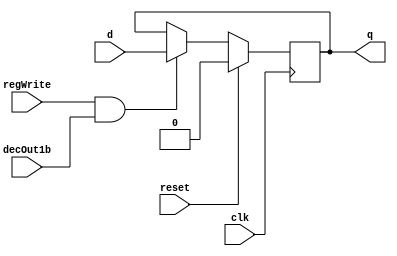
module D_ff( input clk, input reset, input regWrite, input decOut1b , input d, output reg q);
    always @ (negedge clk)
    begin
    if(reset==1)
        q=0;
    else
        if(regWrite == 1 && decOut1b==1)
        begin
            q=d;
        end
    end
endmodule

//D flip flip for Instruction Memory
module D_ff_IM(input clk, input reset, input d, output reg q);
	always@(reset or posedge clk)
	if(reset)
		q=d;
endmodule


// select 0 = in0 1 = in1
module mux2to1_5bit(input [4:0] in0, input [4:0] in1, input select, output reg [4:0] muxOut);
  always@(in0 or in1 or select)
  begin
    if(select == 1'b0)
      muxOut = in0;
	  else if(select == 1'b1)
      muxOut = in1;
  end
endmodule

// select 0 = in0 1 = in1
module mux2to1_32bit(input [31:0] in0, input [31:0] in1, input select, output reg [31:0] muxOut);
  always@(in0 or in1 or select)
  begin
    if(select == 1'b0)
      muxOut = in0;
	  else if(select == 1'b1)
      muxOut = in1;
  end
endmodule

module mux32to1_32bit(input[31:0] in0, input[31:0] in1, input[31:0] in2, input[31:0] in3, input[31:0] in4, input[31:0] in5, input[31:0] in6, input[31:0] in7,
    input[31:0] in8, input[31:0] in9, input[31:0] in10, input[31:0] in11, input[31:0] in12, input[31:0] in13, input[31:0] in14, input[31:0] in15,
    input[31:0] in16, input[31:0] in17, input[31:0] in18, input[31:0] in19, input[31:0] in20, input[31:0] in21, input[31:0] in22, input[31:0] in23,
    input[31:0] in24, input[31:0] in25, input[31:0] in26, input[31:0] in27, input[31:0] in28, input[31:0] in29, input[31:0] in30, input[31:0] in31,input[4:0] select,output reg[31:0] muxOut);
  
   always@(in0 or in1 or in2 or in3 or in4 or in5 or in6 or in7 or in8 or in9 or in10 or in11 or in12
      or in13 or in14 or in15 or in16 or in17 or in18 or in19 or in20 or in21 or in22 or in23 or in24
       or in25 or in26 or in27 or in28 or in29 or in30 or in31 or select)
   begin
      case(select)
        5'b00000: begin muxOut = in0; end
        5'b00001: begin muxOut = in1; end
        5'b00010: begin muxOut = in2; end
        5'b00011: begin muxOut = in3; end
        5'b00100: begin muxOut = in4; end
        5'b00101: begin muxOut = in5; end
        5'b00110: begin muxOut = in6; end
        5'b00111: begin muxOut = in7; end
        5'b01000: begin muxOut = in8; end
        5'b01001: begin muxOut = in9; end
        5'b01010: begin muxOut = in10; end
        5'b01011: begin muxOut = in11; end
        5'b01100: begin muxOut = in12; end
        5'b01101: begin muxOut = in13; end
        5'b01110: begin muxOut = in14; end
        5'b01111: begin muxOut = in15; end
        5'b10000: begin muxOut = in16; end
        5'b10001: begin muxOut = in17; end
        5'b10010: begin muxOut = in18; end
        5'b10011: begin muxOut = in19; end
        5'b10100: begin muxOut = in20; end
        5'b10101: begin muxOut = in21; end
        5'b10110: begin muxOut = in22; end
        5'b10111: begin muxOut = in23; end
        5'b11000: begin muxOut = in24; end
        5'b11001: begin muxOut = in25; end
        5'b11010: begin muxOut = in26; end
        5'b11011: begin muxOut = in27; end
        5'b11100: begin muxOut = in28; end
        5'b11101: begin muxOut = in29; end
        5'b11110: begin muxOut = in30; end
        5'b11111: begin muxOut = in31; end
      endcase
    end
endmodule

// mux to be used in Instruction Memory and Data Memory
module mux128to1_IM_DM(input [7:0] in0,   input [7:0] in1,   input [7:0] in2,   input [7:0] in3,
                    input [7:0] in4,   input [7:0] in5,   input [7:0] in6,   input [7:0] in7,
                    input [7:0] in8,   input [7:0] in9,   input [7:0] in10,  input [7:0] in11,
                    input [7:0] in12,  input [7:0] in13,  input [7:0] in14,  input [7:0] in15,
                    input [7:0] in16,  input [7:0] in17,  input [7:0] in18,  input [7:0] in19,
                    input [7:0] in20,  input [7:0] in21,  input [7:0] in22,  input [7:0] in23,
                    input [7:0] in24,  input [7:0] in25,  input [7:0] in26,  input [7:0] in27,
                    input [7:0] in28,  input [7:0] in29,  input [7:0] in30,  input [7:0] in31,
                    input [7:0] in32,  input [7:0] in33,  input [7:0] in34,  input [7:0] in35,
                    input [7:0] in36,  input [7:0] in37,  input [7:0] in38,  input [7:0] in39,
                    input [7:0] in40,  input [7:0] in41,  input [7:0] in42,  input [7:0] in43,
                    input [7:0] in44,  input [7:0] in45,  input [7:0] in46,  input [7:0] in47,
                    input [7:0] in48,  input [7:0] in49,  input [7:0] in50,  input [7:0] in51,
                    input [7:0] in52,  input [7:0] in53,  input [7:0] in54,  input [7:0] in55,
                    input [7:0] in56,  input [7:0] in57,  input [7:0] in58,  input [7:0] in59,
                    input [7:0] in60,  input [7:0] in61,  input [7:0] in62,  input [7:0] in63,
                    input [7:0] in64,  input [7:0] in65,  input [7:0] in66,  input [7:0] in67,
                    input [7:0] in68,  input [7:0] in69,  input [7:0] in70,  input [7:0] in71,
                    input [7:0] in72,  input [7:0] in73,  input [7:0] in74,  input [7:0] in75,
                    input [7:0] in76,  input [7:0] in77,  input [7:0] in78,  input [7:0] in79,
                    input [7:0] in80,  input [7:0] in81,  input [7:0] in82,  input [7:0] in83,
                    input [7:0] in84,  input [7:0] in85,  input [7:0] in86,  input [7:0] in87,
                    input [7:0] in88,  input [7:0] in89,  input [7:0] in90,  input [7:0] in91,
                    input [7:0] in92,  input [7:0] in93,  input [7:0] in94,  input [7:0] in95,
                    input [7:0] in96,  input [7:0] in97,  input [7:0] in98,  input [7:0] in99,
                    input [7:0] in100, input [7:0] in101, input [7:0] in102, input [7:0] in103,
                    input [7:0] in104, input [7:0] in105, input [7:0] in106, input [7:0] in107,
                    input [7:0] in108, input [7:0] in109, input [7:0] in110, input [7:0] in111,
                    input [7:0] in112, input [7:0] in113, input [7:0] in114, input [7:0] in115,
                    input [7:0] in116, input [7:0] in117, input [7:0] in118, input [7:0] in119,
                    input [7:0] in120, input [7:0] in121, input [7:0] in122, input [7:0] in123,
                    input [7:0] in124, input [7:0] in125, input [7:0] in126, input [7:0] in127,
                    input [4:0] select, output reg [31:0] muxOut);
    always@(in0,   in1,   in2,   in3,   in4,   in5,   in6,   in7,
            in8,   in9,   in10,  in11,  in12,  in13,  in14,  in15,
            in16,  in17,  in18,  in19,  in20,  in21,  in22,  in23,
            in24,  in25,  in26,  in27,  in28,  in29,  in30,  in31,
            in32,  in33,  in34,  in35,  in36,  in37,  in38,  in39,
            in40,  in41,  in42,  in43,  in44,  in45,  in46,  in47,
            in48,  in49,  in50,  in51,  in52,  in53,  in54,  in55,
            in56,  in57,  in58,  in59,  in60,  in61,  in62,  in63,
            in64,  in65,  in66,  in67,  in68,  in69,  in70,  in71,
            in72,  in73,  in74,  in75,  in76,  in77,  in78,  in79,
            in80,  in81,  in82,  in83,  in84,  in85,  in86,  in87,
            in88,  in89,  in90,  in91,  in92,  in93,  in94,  in95,
            in96,  in97,  in98,  in99,  in100, in101, in102, in103,
            in104, in105, in106, in107, in108, in109, in110, in111,
            in112, in113, in114, in115, in116, in117, in118, in119,
            in120, in121, in122, in123, in124, in125, in126, in127,
            select)
	begin
        case(select)
			5'd0: muxOut = {in0,in1,in2,in3};
			5'd1: muxOut = {in4,in5,in6,in7};
			5'd2: muxOut = {in8,in9,in10,in11};
			5'd3: muxOut = {in12,in13,in14,in15};
			5'd4: muxOut = {in16,in17,in18,in19};
			5'd5: muxOut = {in20,in21,in22,in23};
			5'd6: muxOut = {in24,in25,in26,in27};
			5'd7: muxOut = {in28,in29,in30,in31};
			5'd8: muxOut = {in32,in33,in34,in35};
			5'd9: muxOut = {in36,in37,in38,in39};
			5'd10: muxOut = {in40,in41,in42,in43};
			5'd11: muxOut = {in44,in45,in46,in47};
			5'd12: muxOut = {in48,in49,in50,in51};
			5'd13: muxOut = {in52,in53,in54,in55};
			5'd14: muxOut = {in56,in57,in58,in59};
			5'd15: muxOut = {in60,in61,in62,in63};
			5'd16: muxOut = {in64,in65,in66,in67};
			5'd17: muxOut = {in68,in69,in70,in71};
			5'd18: muxOut = {in72,in73,in74,in75};
			5'd19: muxOut = {in76,in77,in78,in79};
			5'd20: muxOut = {in80,in81,in82,in83};
			5'd21: muxOut = {in84,in85,in86,in87};
			5'd22: muxOut = {in88,in89,in90,in91};
			5'd23: muxOut = {in92,in93,in94,in95};
			5'd24: muxOut = {in96,in97,in98,in99};
			5'd25: muxOut = {in100,in101,in102,in103};
			5'd26: muxOut = {in104,in105,in106,in107};
			5'd27: muxOut = {in108,in109,in110,in111};
			5'd28: muxOut = {in112,in113,in114,in115};
			5'd29: muxOut = {in116,in117,in118,in119};
			5'd30: muxOut = {in120,in121,in122,in123};
			5'd31: muxOut = {in124,in125,in126,in127};
        endcase
    end
endmodule

//Active high decoder
module decoder_5to32(input[4:0] in, output reg[31:0] decOut);

    always@(in)
    begin
      case(in)
      5'b00000: begin decOut = 32'b00000000000000000000000000000001; end
      5'b00001: begin decOut = 32'b00000000000000000000000000000010; end
      5'b00010: begin decOut = 32'b00000000000000000000000000000100; end
      5'b00011: begin decOut = 32'b00000000000000000000000000001000; end
      5'b00100: begin decOut = 32'b00000000000000000000000000010000; end
      5'b00101: begin decOut = 32'b00000000000000000000000000100000; end
      5'b00110: begin decOut = 32'b00000000000000000000000001000000; end
      5'b00111: begin decOut = 32'b00000000000000000000000010000000; end
      5'b01000: begin decOut = 32'b00000000000000000000000100000000; end
      5'b01001: begin decOut = 32'b00000000000000000000001000000000; end
      5'b01010: begin decOut = 32'b00000000000000000000010000000000; end
      5'b01011: begin decOut = 32'b00000000000000000000100000000000; end
      5'b01100: begin decOut = 32'b00000000000000000001000000000000; end
      5'b01101: begin decOut = 32'b00000000000000000010000000000000; end
      5'b01110: begin decOut = 32'b00000000000000000100000000000000; end
      5'b01111: begin decOut = 32'b00000000000000001000000000000000; end
      5'b10000: begin decOut = 32'b00000000000000010000000000000000; end
      5'b10001: begin decOut = 32'b00000000000000100000000000000000; end
      5'b10010: begin decOut = 32'b00000000000001000000000000000000; end
      5'b10011: begin decOut = 32'b00000000000010000000000000000000; end
      5'b10100: begin decOut = 32'b00000000000100000000000000000000; end
      5'b10101: begin decOut = 32'b00000000001000000000000000000000; end
      5'b10110: begin decOut = 32'b00000000010000000000000000000000; end
      5'b10111: begin decOut = 32'b00000000100000000000000000000000; end
      5'b11000: begin decOut = 32'b00000001000000000000000000000000; end
      5'b11001: begin decOut = 32'b00000010000000000000000000000000; end
      5'b11010: begin decOut = 32'b00000100000000000000000000000000; end
      5'b11011: begin decOut = 32'b00001000000000000000000000000000; end
      5'b11100: begin decOut = 32'b00010000000000000000000000000000; end
      5'b11101: begin decOut = 32'b00100000000000000000000000000000; end
      5'b11110: begin decOut = 32'b01000000000000000000000000000000; end
      5'b11111: begin decOut = 32'b10000000000000000000000000000000; end
      endcase
    end
endmodule

//32 bit register
module register32bit(input clk, input reset, input regWrite, input decoderOut1bit, input[31:0] writeData, output[31:0] regOut);
//A N-bit register consists of N D flip-flops, each storing a bit of data.
//In this case, there will be 32 instances of D_ff, each taking writeData[0]...[31] as the d input and regOut[0]...[31] as the q output
D_ff G1(clk,reset,regWrite,decoderOut1bit,writeData[0] , regOut[0]);
D_ff G2(clk,reset,regWrite,decoderOut1bit,writeData[1] , regOut[1]);
D_ff G3(clk,reset,regWrite,decoderOut1bit,writeData[2] , regOut[2]);
D_ff G4(clk,reset,regWrite,decoderOut1bit,writeData[3] , regOut[3]);
D_ff G5(clk,reset,regWrite,decoderOut1bit,writeData[4] , regOut[4]);
D_ff G6(clk,reset,regWrite,decoderOut1bit,writeData[5] , regOut[5]);
D_ff G7(clk,reset,regWrite,decoderOut1bit,writeData[6] , regOut[6]);
D_ff G8(clk,reset,regWrite,decoderOut1bit,writeData[7] , regOut[7]);
D_ff G9(clk,reset,regWrite,decoderOut1bit,writeData[8] , regOut[8]);
D_ff G10(clk,reset,regWrite,decoderOut1bit,writeData[9] , regOut[9]);
D_ff G11(clk,reset,regWrite,decoderOut1bit,writeData[10] , regOut[10]);
D_ff G12(clk,reset,regWrite,decoderOut1bit,writeData[11] , regOut[11]);
D_ff G13(clk,reset,regWrite,decoderOut1bit,writeData[12] , regOut[12]);
D_ff G14(clk,reset,regWrite,decoderOut1bit,writeData[13] , regOut[13]);
D_ff G15(clk,reset,regWrite,decoderOut1bit,writeData[14] , regOut[14]);
D_ff G16(clk,reset,regWrite,decoderOut1bit,writeData[15] , regOut[15]);
D_ff G17(clk,reset,regWrite,decoderOut1bit,writeData[16] , regOut[16]);
D_ff G18(clk,reset,regWrite,decoderOut1bit,writeData[17] , regOut[17]);
D_ff G19(clk,reset,regWrite,decoderOut1bit,writeData[18] , regOut[18]);
D_ff G20(clk,reset,regWrite,decoderOut1bit,writeData[19] , regOut[19]);
D_ff G21(clk,reset,regWrite,decoderOut1bit,writeData[20] , regOut[20]);
D_ff G22(clk,reset,regWrite,decoderOut1bit,writeData[21] , regOut[21]);
D_ff G23(clk,reset,regWrite,decoderOut1bit,writeData[22] , regOut[22]);
D_ff G24(clk,reset,regWrite,decoderOut1bit,writeData[23] , regOut[23]);
D_ff G25(clk,reset,regWrite,decoderOut1bit,writeData[24] , regOut[24]);
D_ff G26(clk,reset,regWrite,decoderOut1bit,writeData[25] , regOut[25]);
D_ff G27(clk,reset,regWrite,decoderOut1bit,writeData[26] , regOut[26]);
D_ff G28(clk,reset,regWrite,decoderOut1bit,writeData[27] , regOut[27]);
D_ff G29(clk,reset,regWrite,decoderOut1bit,writeData[28] , regOut[28]);
D_ff G30(clk,reset,regWrite,decoderOut1bit,writeData[29] , regOut[29]);
D_ff G31(clk,reset,regWrite,decoderOut1bit,writeData[30] , regOut[30]);
D_ff G32(clk,reset,regWrite,decoderOut1bit,writeData[31] , regOut[31]);

endmodule

//register for Instruction Memory
module register_IM(input clk, input reset, input [7:0] d_in, output [7:0] q_out);
  // register_IM is an 8-bit register
	D_ff_IM dIM0 (clk, reset, d_in[0], q_out[0]);
	D_ff_IM dIM1 (clk, reset, d_in[1], q_out[1]);
	D_ff_IM dIM2 (clk, reset, d_in[2], q_out[2]);
	D_ff_IM dIM3 (clk, reset, d_in[3], q_out[3]);
	D_ff_IM dIM4 (clk, reset, d_in[4], q_out[4]);
	D_ff_IM dIM5 (clk, reset, d_in[5], q_out[5]);
	D_ff_IM dIM6 (clk, reset, d_in[6], q_out[6]);
	D_ff_IM dIM7 (clk, reset, d_in[7], q_out[7]);
endmodule



//register set with 32 registers
module registerSet(input clk, input reset, input regWrite, input[31:0] decoderOut, input[31:0] writeData,
    output [31:0] outR0, output[31:0] outR1, output[31:0] outR2, output[31:0] outR3, output[31:0] outR4, output[31:0] outR5, output[31:0] outR6, output[31:0] outR7,
    output [31:0] outR8, output[31:0] outR9, output[31:0] outR10, output[31:0] outR11, output[31:0] outR12, output[31:0] outR13, output[31:0] outR14, output[31:0] outR15,
    output [31:0] outR16, output[31:0] outR17, output[31:0] outR18, output[31:0] outR19, output[31:0] outR20, output[31:0] outR21, output[31:0] outR22, output[31:0] outR23,
    output [31:0] outR24, output[31:0] outR25, output[31:0] outR26, output[31:0] outR27, output[31:0] outR28, output[31:0] outR29, output[31:0] outR30, output[31:0] outR31);
   
    register32bit G32(clk, reset, regWrite , decoderOut[0] , writeData , outR0);
    register32bit G33(clk, reset, regWrite , decoderOut[1] , writeData , outR1);
    register32bit G34(clk, reset, regWrite , decoderOut[2] , writeData , outR2);
    register32bit G35(clk, reset, regWrite , decoderOut[3] , writeData , outR3);
    register32bit G36(clk, reset, regWrite , decoderOut[4] , writeData , outR4);
    register32bit G37(clk, reset, regWrite , decoderOut[5] , writeData , outR5);
    register32bit G38(clk, reset, regWrite , decoderOut[6] , writeData , outR6);
    register32bit G39(clk, reset, regWrite , decoderOut[7] , writeData , outR7);
    register32bit G40(clk, reset, regWrite , decoderOut[8] , writeData , outR8);
    register32bit G41(clk, reset, regWrite , decoderOut[9] , writeData , outR9);
    register32bit G42(clk, reset, regWrite , decoderOut[10] , writeData , outR10);
    register32bit G43(clk, reset, regWrite , decoderOut[11] , writeData , outR11);
    register32bit G44(clk, reset, regWrite , decoderOut[12] , writeData , outR12);
    register32bit G45(clk, reset, regWrite , decoderOut[13] , writeData , outR13);
    register32bit G46(clk, reset, regWrite , decoderOut[14] , writeData , outR14);
    register32bit G47(clk, reset, regWrite , decoderOut[15] , writeData , outR15);
    register32bit G48(clk, reset, regWrite , decoderOut[16] , writeData , outR16);
    register32bit G49(clk, reset, regWrite , decoderOut[17] , writeData , outR17);
    register32bit G50(clk, reset, regWrite , decoderOut[18] , writeData , outR18);
    register32bit G51(clk, reset, regWrite , decoderOut[19] , writeData , outR19);
    register32bit G52(clk, reset, regWrite , decoderOut[20] , writeData , outR20);
    register32bit G53(clk, reset, regWrite , decoderOut[21] , writeData , outR21);
    register32bit G54(clk, reset, regWrite , decoderOut[22] , writeData , outR22);
    register32bit G55(clk, reset, regWrite , decoderOut[23] , writeData , outR23);
    register32bit G56(clk, reset, regWrite , decoderOut[24] , writeData , outR24);
    register32bit G57(clk, reset, regWrite , decoderOut[25] , writeData , outR25);
    register32bit G58(clk, reset, regWrite , decoderOut[26] , writeData , outR26);
    register32bit G59(clk, reset, regWrite , decoderOut[27] , writeData , outR27);
    register32bit G60(clk, reset, regWrite , decoderOut[28] , writeData , outR28);
    register32bit G61(clk, reset, regWrite , decoderOut[29] , writeData , outR29);
    register32bit G62(clk, reset, regWrite , decoderOut[30] , writeData , outR30);
    register32bit G63(clk, reset, regWrite , decoderOut[31] , writeData , outR31);

endmodule

//register file for single cycle
module registerFile(input clk, input reset, input regWrite, input[4:0] rs, input[4:0] rt, input[4:0] rd, input[31:0] writeData, output[31:0] regRs, output[31:0] regRt);

    wire [31:0]decOut;
    wire [31:0] outR0, outR1, outR2, outR3, outR4, outR5, outR6, outR7, outR8, outR9, outR10, outR11, outR12, outR13, outR14, outR15, outR16, outR17, outR18, outR19, outR20, outR21, outR22, outR23, outR24, outR25, outR26, outR27, outR28, outR29, outR30 , outR31;

    decoder_5to32 G65(rd , decOut);
    registerSet G66(clk,reset,regWrite,decOut,writeData, outR0,outR1,outR2,outR3,outR4,outR5,outR6,outR7,outR8
                    ,outR9,outR10,outR11,outR12,outR13,outR14,outR15,outR16,outR17,outR18,outR19,outR20,outR21
                    ,outR22,outR23,outR24,outR25,outR26,outR27,outR28,outR29,outR30,outR31);

    mux32to1_32bit G67(outR0,outR1,outR2,outR3,outR4,outR5,outR6,outR7,outR8
                    ,outR9,outR10,outR11,outR12,outR13,outR14,outR15,outR16,outR17,outR18,outR19,outR20,outR21
                    ,outR22,outR23,outR24,outR25,outR26,outR27,outR28,outR29,outR30,outR31 , rs , regRs);

    mux32to1_32bit G68(outR0,outR1,outR2,outR3,outR4,outR5,outR6,outR7,outR8
                      ,outR9,outR10,outR11,outR12,outR13,outR14,outR15,outR16,outR17,outR18,outR19,outR20,outR21
                      ,outR22,outR23,outR24,outR25,outR26,outR27,outR28,outR29,outR30,outR31 , rt , regRt);

endmodule


//instruction memory for single cycle
module IM(input clk, input reset, input [4:0] pc_5bits, output [31:0] IR);
    wire [7:0] outR0,   outR1,   outR2,   outR3,   outR4,   outR5,   outR6,   outR7,
               outR8,   outR9,   outR10,  outR11,  outR12,  outR13,  outR14,  outR15,
               outR16,  outR17,  outR18,  outR19,  outR20,  outR21,  outR22,  outR23,
               outR24,  outR25,  outR26,  outR27,  outR28,  outR29,  outR30,  outR31,
               outR32,  outR33,  outR34,  outR35,  outR36,  outR37,  outR38,  outR39,
               outR40,  outR41,  outR42,  outR43,  outR44,  outR45,  outR46,  outR47,
               outR48,  outR49,  outR50,  outR51,  outR52,  outR53,  outR54,  outR55,
               outR56,  outR57,  outR58,  outR59,  outR60,  outR61,  outR62,  outR63,
               outR64,  outR65,  outR66,  outR67,  outR68,  outR69,  outR70,  outR71,
               outR72,  outR73,  outR74,  outR75,  outR76,  outR77,  outR78,  outR79,
               outR80,  outR81,  outR82,  outR83,  outR84,  outR85,  outR86,  outR87,
               outR88,  outR89,  outR90,  outR91,  outR92,  outR93,  outR94,  outR95,
               outR96,  outR97,  outR98,  outR99,  outR100, outR101, outR102, outR103,
               outR104, outR105, outR106, outR107, outR108, outR109, outR110, outR111,
               outR112, outR113, outR114, outR115, outR116, outR117, outR118, outR119,
               outR120, outR121, outR122, outR123, outR124, outR125, outR126, outR127;


register_IM rIM0   (clk, reset, 8'h20, outR0);  // addi $t0 , $zero , 32
register_IM rIM1   (clk, reset, 8'h08, outR1);
register_IM rIM2   (clk, reset, 8'h00, outR2);
register_IM rIM3   (clk, reset, 8'h20, outR3);
register_IM rIM4   (clk, reset, 8'h20, outR4);  // addi $t1 , $zero , 55
register_IM rIM5   (clk, reset, 8'h09, outR5);
register_IM rIM6   (clk, reset, 8'h00, outR6);
register_IM rIM7   (clk, reset, 8'h37, outR7);
register_IM rIM8   (clk, reset, 8'h01, outR8);  // and $s0 , $t0 , $t1
register_IM rIM9   (clk, reset, 8'h09, outR9);
register_IM rIM10  (clk, reset, 8'h80, outR10);
register_IM rIM11  (clk, reset, 8'h24, outR11);
register_IM rIM12  (clk, reset, 8'hAC, outR12); // sw $s0 , 4($zero)
register_IM rIM13  (clk, reset, 8'h10, outR13);
register_IM rIM14  (clk, reset, 8'h00, outR14);
register_IM rIM15  (clk, reset, 8'h04, outR15);
register_IM rIM16  (clk, reset, 8'hAC, outR16); // sw $t0 , 8($zero)
register_IM rIM17  (clk, reset, 8'h08, outR17);
register_IM rIM18  (clk, reset, 8'h00, outR18);
register_IM rIM19  (clk, reset, 8'h08, outR19);
register_IM rIM20  (clk, reset, 8'h8C, outR20); // lw $s1 , 4($zero)
register_IM rIM21  (clk, reset, 8'h11, outR21);
register_IM rIM22  (clk, reset, 8'h00, outR22);
register_IM rIM23  (clk, reset, 8'h04, outR23);
register_IM rIM24  (clk, reset, 8'h8C, outR24); // lw $s3 , 8($zero)
register_IM rIM25  (clk, reset, 8'h13, outR25);
register_IM rIM26  (clk, reset, 8'h00, outR26);
register_IM rIM27  (clk, reset, 8'h08, outR27);
register_IM rIM28  (clk, reset, 8'h12, outR28); // beq $s1 , $s3 , error
register_IM rIM29  (clk, reset, 8'h13, outR29);
register_IM rIM30  (clk, reset, 8'h00, outR30);
register_IM rIM31  (clk, reset, 8'h0A, outR31);
register_IM rIM32  (clk, reset, 8'h00, outR32);
register_IM rIM33  (clk, reset, 8'h00, outR33);
register_IM rIM34  (clk, reset, 8'h00, outR34);
register_IM rIM35  (clk, reset, 8'h00, outR35);
register_IM rIM36  (clk, reset, 8'h00, outR36);
register_IM rIM37  (clk, reset, 8'h00, outR37);
register_IM rIM38  (clk, reset, 8'h00, outR38);
register_IM rIM39  (clk, reset, 8'h00, outR39);
register_IM rIM40  (clk, reset, 8'h00, outR40);
register_IM rIM41  (clk, reset, 8'h00, outR41);
register_IM rIM42  (clk, reset, 8'h00, outR42);
register_IM rIM43  (clk, reset, 8'h00, outR43);
register_IM rIM44  (clk, reset, 8'h00, outR44);
register_IM rIM45  (clk, reset, 8'h00, outR45);
register_IM rIM46  (clk, reset, 8'h00, outR46);
register_IM rIM47  (clk, reset, 8'h00, outR47);
register_IM rIM48  (clk, reset, 8'h00, outR48);
register_IM rIM49  (clk, reset, 8'h00, outR49);
register_IM rIM50  (clk, reset, 8'h00, outR50);
register_IM rIM51  (clk, reset, 8'h00, outR51);
register_IM rIM52  (clk, reset, 8'h00, outR52);
register_IM rIM53  (clk, reset, 8'h00, outR53);
register_IM rIM54  (clk, reset, 8'h00, outR54);
register_IM rIM55  (clk, reset, 8'h00, outR55);
register_IM rIM56  (clk, reset, 8'h00, outR56);
register_IM rIM57  (clk, reset, 8'h00, outR57);
register_IM rIM58  (clk, reset, 8'h00, outR58);
register_IM rIM59  (clk, reset, 8'h00, outR59);
register_IM rIM60  (clk, reset, 8'h00, outR60);
register_IM rIM61  (clk, reset, 8'h00, outR61);
register_IM rIM62  (clk, reset, 8'h00, outR62);
register_IM rIM63  (clk, reset, 8'h00, outR63);
register_IM rIM64  (clk, reset, 8'h00, outR64);
register_IM rIM65  (clk, reset, 8'h00, outR65);
register_IM rIM66  (clk, reset, 8'h00, outR66);
register_IM rIM67  (clk, reset, 8'h00, outR67);
register_IM rIM68  (clk, reset, 8'h00, outR68);
register_IM rIM69  (clk, reset, 8'h00, outR69);
register_IM rIM70  (clk, reset, 8'h00, outR70);
register_IM rIM71  (clk, reset, 8'h00, outR71);
register_IM rIM72  (clk, reset, 8'h20, outR72);//addi $t0 , $0 , 3 (error)
register_IM rIM73  (clk, reset, 8'h08, outR73);
register_IM rIM74  (clk, reset, 8'h00, outR74);
register_IM rIM75  (clk, reset, 8'h03, outR75);
register_IM rIM76  (clk, reset, 8'h20, outR76);//addi $t1 , $0 , 2
register_IM rIM77  (clk, reset, 8'h09, outR77);
register_IM rIM78  (clk, reset, 8'h00, outR78);
register_IM rIM79  (clk, reset, 8'h02, outR79);
register_IM rIM80  (clk, reset, 8'h08, outR80);//j Exit
register_IM rIM81  (clk, reset, 8'h00, outR81);
register_IM rIM82  (clk, reset, 8'h00, outR82);
register_IM rIM83  (clk, reset, 8'h1F, outR83);
register_IM rIM84  (clk, reset, 8'h00, outR84);
register_IM rIM85  (clk, reset, 8'h00, outR85);
register_IM rIM86  (clk, reset, 8'h00, outR86);
register_IM rIM87  (clk, reset, 8'h00, outR87);
register_IM rIM88  (clk, reset, 8'h00, outR88);
register_IM rIM89  (clk, reset, 8'h00, outR89);
register_IM rIM90  (clk, reset, 8'h00, outR90);
register_IM rIM91  (clk, reset, 8'h00, outR91);
register_IM rIM92  (clk, reset, 8'h00, outR92);
register_IM rIM93  (clk, reset, 8'h00, outR93);
register_IM rIM94  (clk, reset, 8'h00, outR94);
register_IM rIM95  (clk, reset, 8'h00, outR95);
register_IM rIM96  (clk, reset, 8'h00, outR96);
register_IM rIM97  (clk, reset, 8'h00, outR97);
register_IM rIM98  (clk, reset, 8'h00, outR98);
register_IM rIM99  (clk, reset, 8'h00, outR99);
register_IM rIM100 (clk, reset, 8'h00, outR100);
register_IM rIM101 (clk, reset, 8'h00, outR101);
register_IM rIM102 (clk, reset, 8'h00, outR102);
register_IM rIM103 (clk, reset, 8'h00, outR103);
register_IM rIM104 (clk, reset, 8'h00, outR104);
register_IM rIM105 (clk, reset, 8'h00, outR105);
register_IM rIM106 (clk, reset, 8'h00, outR106);
register_IM rIM107 (clk, reset, 8'h00, outR107);
register_IM rIM108 (clk, reset, 8'h00, outR108);
register_IM rIM109 (clk, reset, 8'h00, outR109);
register_IM rIM110 (clk, reset, 8'h00, outR110);
register_IM rIM111 (clk, reset, 8'h00, outR111);
register_IM rIM112 (clk, reset, 8'h00, outR112);
register_IM rIM113 (clk, reset, 8'h00, outR113);
register_IM rIM114 (clk, reset, 8'h00, outR114);
register_IM rIM115 (clk, reset, 8'h00, outR115);
register_IM rIM116 (clk, reset, 8'h00, outR116);
register_IM rIM117 (clk, reset, 8'h00, outR117);
register_IM rIM118 (clk, reset, 8'h00, outR118);
register_IM rIM119 (clk, reset, 8'h00, outR119);
register_IM rIM120 (clk, reset, 8'h00, outR120);
register_IM rIM121 (clk, reset, 8'h00, outR121);
register_IM rIM122 (clk, reset, 8'h00, outR122);
register_IM rIM123 (clk, reset, 8'h00, outR123);
register_IM rIM124 (clk, reset, 8'h01, outR124); //slt $t2 ,$t0 , $t1 (Exit)
register_IM rIM125 (clk, reset, 8'h09, outR125);
register_IM rIM126 (clk, reset, 8'h50, outR126);
register_IM rIM127 (clk, reset, 8'h2A, outR127);


    mux128to1_IM_DM muxIM (outR0,   outR1,   outR2,   outR3,   outR4,   outR5,   outR6,   outR7,
                        outR8,   outR9,   outR10,  outR11,  outR12,  outR13,  outR14,  outR15,
                        outR16,  outR17,  outR18,  outR19,  outR20,  outR21,  outR22,  outR23,
                        outR24,  outR25,  outR26,  outR27,  outR28,  outR29,  outR30,  outR31,
                        outR32,  outR33,  outR34,  outR35,  outR36,  outR37,  outR38,  outR39,
                        outR40,  outR41,  outR42,  outR43,  outR44,  outR45,  outR46,  outR47,
                        outR48,  outR49,  outR50,  outR51,  outR52,  outR53,  outR54,  outR55,
                        outR56,  outR57,  outR58,  outR59,  outR60,  outR61,  outR62,  outR63,
                        outR64,  outR65,  outR66,  outR67,  outR68,  outR69,  outR70,  outR71,
                        outR72,  outR73,  outR74,  outR75,  outR76,  outR77,  outR78,  outR79,
                        outR80,  outR81,  outR82,  outR83,  outR84,  outR85,  outR86,  outR87,
                        outR88,  outR89,  outR90,  outR91,  outR92,  outR93,  outR94,  outR95,
                        outR96,  outR97,  outR98,  outR99,  outR100, outR101, outR102, outR103,
                        outR104, outR105, outR106, outR107, outR108, outR109, outR110, outR111,
                        outR112, outR113, outR114, outR115, outR116, outR117, outR118, outR119,
                        outR120, outR121, outR122, outR123, outR124, outR125, outR126, outR127,
                        pc_5bits, IR);
endmodule


//D flip flop for Data Memory
//works on negative edge of clock
// if reset is set make output 0
// else make it d when both regwrite and decOut1b are set.
module Dff_DM(input clk, input reset, input regWrite, input decOut1b , input d, output reg q);
//WRITE CODE HERE

  // always @ (negedge clk)begin
  always @ (posedge clk)begin
    if(reset==1)
        q=0;
    else
        if(regWrite == 1 && decOut1b == 1)
        begin
            q=d;
        end
  end

endmodule


//register for Data Memory
//use D flip flops for DM defined above
module register8bit_DM(input clk, input reset, input regWrite, input decOut1b, input [7:0] inR,
                     output [7:0] outR);
// WRITE CODE HERE

  Dff_DM G1(clk,reset,regWrite,decOut1b,inR[0],outR[0]);
  Dff_DM G2(clk,reset,regWrite,decOut1b,inR[1],outR[1]);
  Dff_DM G3(clk,reset,regWrite,decOut1b,inR[2],outR[2]);
  Dff_DM G4(clk,reset,regWrite,decOut1b,inR[3],outR[3]);
  Dff_DM G5(clk,reset,regWrite,decOut1b,inR[4],outR[4]);
  Dff_DM G6(clk,reset,regWrite,decOut1b,inR[5],outR[5]);
  Dff_DM G7(clk,reset,regWrite,decOut1b,inR[6],outR[6]);
  Dff_DM G8(clk,reset,regWrite,decOut1b,inR[7],outR[7]);

endmodule

// Data Memory for single cycle
// since address line is 5 bits i.e. 32 registers of 32 bit each is required
// we have defined 8 bit register_DM above, hence we require 4 of them for each 32 bit to store
// Remember data is stored in Big endian form in MIPS
module DM(input clk, input reset, input memWrite,input memRead, input [4:0] address, input [31:0] writeData , output [31:0] read_data);
// WRITE CODE HERE

  wire [31:0] decOut, muxOut1;
  wire [7:0]  outR0,   outR1,   outR2,   outR3,
              outR4,   outR5,   outR6,   outR7,
              outR8,   outR9,   outR10,  outR11,
              outR12,  outR13,  outR14,  outR15,
              outR16,  outR17,  outR18,  outR19,
              outR20,  outR21,  outR22,  outR23,
              outR24,  outR25,  outR26,  outR27,
              outR28,  outR29,  outR30,  outR31,
              outR32,  outR33,  outR34,  outR35,
              outR36,  outR37,  outR38,  outR39,
              outR40,  outR41,  outR42,  outR43,
              outR44,  outR45,  outR46,  outR47,
              outR48,  outR49,  outR50,  outR51,
              outR52,  outR53,  outR54,  outR55,
              outR56,  outR57,  outR58,  outR59,
              outR60,  outR61,  outR62,  outR63,
              outR64,  outR65,  outR66,  outR67,
              outR68,  outR69,  outR70,  outR71,
              outR72,  outR73,  outR74,  outR75,
              outR76,  outR77,  outR78,  outR79,
              outR80,  outR81,  outR82,  outR83,
              outR84,  outR85,  outR86,  outR87,
              outR88,  outR89,  outR90,  outR91,
              outR92,  outR93,  outR94,  outR95,
              outR96,  outR97,  outR98,  outR99,
              outR100, outR101, outR102, outR103,
              outR104, outR105, outR106, outR107,
              outR108, outR109, outR110, outR111,
              outR112, outR113, outR114, outR115,
              outR116, outR117, outR118, outR119,
              outR120, outR121, outR122, outR123,
              outR124, outR125, outR126, outR127;

  decoder_5to32 dec0(address, decOut);

  register8bit_DM rDM0   (clk, reset, memWrite, decOut[0], writeData[31:24], outR0); 
  register8bit_DM rDM1   (clk, reset, memWrite, decOut[0], writeData[23:16], outR1);   
  register8bit_DM rDM2   (clk, reset, memWrite, decOut[0], writeData[15:8], outR2);   
  register8bit_DM rDM3   (clk, reset, memWrite, decOut[0], writeData[7:0], outR3);   
  register8bit_DM rDM4   (clk, reset, memWrite, decOut[1], writeData[31:24], outR4); 
  register8bit_DM rDM5   (clk, reset, memWrite, decOut[1], writeData[23:16], outR5);  
  register8bit_DM rDM6   (clk, reset, memWrite, decOut[1], writeData[15:8], outR6);  
  register8bit_DM rDM7   (clk, reset, memWrite, decOut[1], writeData[7:0], outR7);   
  register8bit_DM rDM8   (clk, reset, memWrite, decOut[2], writeData[31:24], outR8); 
  register8bit_DM rDM9   (clk, reset, memWrite, decOut[2], writeData[23:16], outR9);   
  register8bit_DM rDM10  (clk, reset, memWrite, decOut[2], writeData[15:8], outR10);   
  register8bit_DM rDM11  (clk, reset, memWrite, decOut[2], writeData[7:0], outR11);   
  register8bit_DM rDM12  (clk, reset, memWrite, decOut[3], writeData[31:24], outR12);
  register8bit_DM rDM13  (clk, reset, memWrite, decOut[3], writeData[23:16], outR13);  
  register8bit_DM rDM14  (clk, reset, memWrite, decOut[3], writeData[15:8], outR14);  
  register8bit_DM rDM15  (clk, reset, memWrite, decOut[3], writeData[7:0], outR15); 
  register8bit_DM rDM16  (clk, reset, memWrite, decOut[4], writeData[31:24], outR16); 
  register8bit_DM rDM17  (clk, reset, memWrite, decOut[4], writeData[23:16], outR17);  
  register8bit_DM rDM18  (clk, reset, memWrite, decOut[4], writeData[15:8], outR18);  
  register8bit_DM rDM19  (clk, reset, memWrite, decOut[4], writeData[7:0], outR19); 
  register8bit_DM rDM20  (clk, reset, memWrite, decOut[5], writeData[31:24], outR20);  
  register8bit_DM rDM21  (clk, reset, memWrite, decOut[5], writeData[23:16], outR21);  
  register8bit_DM rDM22  (clk, reset, memWrite, decOut[5], writeData[15:8], outR22);  
  register8bit_DM rDM23  (clk, reset, memWrite, decOut[5], writeData[7:0], outR23); 
  register8bit_DM rDM24  (clk, reset, memWrite, decOut[6], writeData[31:24], outR24); 
  register8bit_DM rDM25  (clk, reset, memWrite, decOut[6], writeData[23:16], outR25);  
  register8bit_DM rDM26  (clk, reset, memWrite, decOut[6], writeData[15:8], outR26);  
  register8bit_DM rDM27  (clk, reset, memWrite, decOut[6], writeData[7:0], outR27); 
  register8bit_DM rDM28  (clk, reset, memWrite, decOut[7], writeData[31:24], outR28);
  register8bit_DM rDM29  (clk, reset, memWrite, decOut[7], writeData[23:16], outR29);   
  register8bit_DM rDM30  (clk, reset, memWrite, decOut[7], writeData[15:8], outR30);   
  register8bit_DM rDM31  (clk, reset, memWrite, decOut[7], writeData[7:0], outR31);  
  register8bit_DM rDM32  (clk, reset, memWrite, decOut[8], writeData[31:24], outR32);   
  register8bit_DM rDM33  (clk, reset, memWrite, decOut[8], writeData[23:16], outR33);   
  register8bit_DM rDM34  (clk, reset, memWrite, decOut[8], writeData[15:8], outR34);   
  register8bit_DM rDM35  (clk, reset, memWrite, decOut[8], writeData[7:0], outR35);  
  register8bit_DM rDM36  (clk, reset, memWrite, decOut[9], writeData[31:24], outR36);   
  register8bit_DM rDM37  (clk, reset, memWrite, decOut[9], writeData[23:16], outR37);   
  register8bit_DM rDM38  (clk, reset, memWrite, decOut[9], writeData[15:8], outR38);   
  register8bit_DM rDM39  (clk, reset, memWrite, decOut[9], writeData[7:0], outR39);  
  register8bit_DM rDM40  (clk, reset, memWrite, decOut[10], writeData[31:24], outR40);   
  register8bit_DM rDM41  (clk, reset, memWrite, decOut[10], writeData[23:16], outR41);  
  register8bit_DM rDM42  (clk, reset, memWrite, decOut[10], writeData[15:8], outR42);  
  register8bit_DM rDM43  (clk, reset, memWrite, decOut[10], writeData[7:0], outR43); 
  register8bit_DM rDM44  (clk, reset, memWrite, decOut[11], writeData[31:24], outR44);                        
  register8bit_DM rDM45  (clk, reset, memWrite, decOut[11], writeData[23:16], outR45);             
  register8bit_DM rDM46  (clk, reset, memWrite, decOut[11], writeData[15:8], outR46);             
  register8bit_DM rDM47  (clk, reset, memWrite, decOut[11], writeData[7:0], outR47); 
  register8bit_DM rDM48  (clk, reset, memWrite, decOut[12], writeData[31:24], outR48);   
  register8bit_DM rDM49  (clk, reset, memWrite, decOut[12], writeData[23:16], outR49);  
  register8bit_DM rDM50  (clk, reset, memWrite, decOut[12], writeData[15:8], outR50);  
  register8bit_DM rDM51  (clk, reset, memWrite, decOut[12], writeData[7:0], outR51); 
  register8bit_DM rDM52  (clk, reset, memWrite, decOut[13], writeData[31:24], outR52);  
  register8bit_DM rDM53  (clk, reset, memWrite, decOut[13], writeData[23:16], outR53);  
  register8bit_DM rDM54  (clk, reset, memWrite, decOut[13], writeData[15:8], outR54);  
  register8bit_DM rDM55  (clk, reset, memWrite, decOut[13], writeData[7:0], outR55);  
  register8bit_DM rDM56  (clk, reset, memWrite, decOut[14], writeData[31:24], outR56);                     
  register8bit_DM rDM57  (clk, reset, memWrite, decOut[14], writeData[23:16], outR57);             
  register8bit_DM rDM58  (clk, reset, memWrite, decOut[14], writeData[15:8], outR58);             
  register8bit_DM rDM59  (clk, reset, memWrite, decOut[14], writeData[7:0], outR59);  
  register8bit_DM rDM60  (clk, reset, memWrite, decOut[15], writeData[31:24], outR60); 
  register8bit_DM rDM61  (clk, reset, memWrite, decOut[15], writeData[23:16], outR61); 
  register8bit_DM rDM62  (clk, reset, memWrite, decOut[15], writeData[15:8], outR62); 
  register8bit_DM rDM63  (clk, reset, memWrite, decOut[15], writeData[7:0], outR63); 
  register8bit_DM rDM64  (clk, reset, memWrite, decOut[16], writeData[31:24], outR64);
  register8bit_DM rDM65  (clk, reset, memWrite, decOut[16], writeData[23:16], outR65);
  register8bit_DM rDM66  (clk, reset, memWrite, decOut[16], writeData[15:8], outR66);
  register8bit_DM rDM67  (clk, reset, memWrite, decOut[16], writeData[7:0], outR67);
  register8bit_DM rDM68  (clk, reset, memWrite, decOut[17], writeData[31:24], outR68);
  register8bit_DM rDM69  (clk, reset, memWrite, decOut[17], writeData[23:16], outR69);
  register8bit_DM rDM70  (clk, reset, memWrite, decOut[17], writeData[15:8], outR70);
  register8bit_DM rDM71  (clk, reset, memWrite, decOut[17], writeData[7:0], outR71);
  register8bit_DM rDM72  (clk, reset, memWrite, decOut[18], writeData[31:24], outR72);
  register8bit_DM rDM73  (clk, reset, memWrite, decOut[18], writeData[23:16], outR73);
  register8bit_DM rDM74  (clk, reset, memWrite, decOut[18], writeData[15:8], outR74);
  register8bit_DM rDM75  (clk, reset, memWrite, decOut[18], writeData[7:0], outR75);
  register8bit_DM rDM76  (clk, reset, memWrite, decOut[19], writeData[31:24], outR76);
  register8bit_DM rDM77  (clk, reset, memWrite, decOut[19], writeData[23:16], outR77);
  register8bit_DM rDM78  (clk, reset, memWrite, decOut[19], writeData[15:8], outR78);
  register8bit_DM rDM79  (clk, reset, memWrite, decOut[19], writeData[7:0], outR79);
  register8bit_DM rDM80  (clk, reset, memWrite, decOut[20], writeData[31:24], outR80);
  register8bit_DM rDM81  (clk, reset, memWrite, decOut[20], writeData[23:16], outR81);
  register8bit_DM rDM82  (clk, reset, memWrite, decOut[20], writeData[15:8], outR82);
  register8bit_DM rDM83  (clk, reset, memWrite, decOut[20], writeData[7:0], outR83);
  register8bit_DM rDM84  (clk, reset, memWrite, decOut[21], writeData[31:24], outR84);
  register8bit_DM rDM85  (clk, reset, memWrite, decOut[21], writeData[23:16], outR85);
  register8bit_DM rDM86  (clk, reset, memWrite, decOut[21], writeData[15:8], outR86);
  register8bit_DM rDM87  (clk, reset, memWrite, decOut[21], writeData[7:0], outR87);
  register8bit_DM rDM88  (clk, reset, memWrite, decOut[22], writeData[31:24], outR88);
  register8bit_DM rDM89  (clk, reset, memWrite, decOut[22], writeData[23:16], outR89);
  register8bit_DM rDM90  (clk, reset, memWrite, decOut[22], writeData[15:8], outR90);
  register8bit_DM rDM91  (clk, reset, memWrite, decOut[22], writeData[7:0], outR91);
  register8bit_DM rDM92  (clk, reset, memWrite, decOut[23], writeData[31:24], outR92);
  register8bit_DM rDM93  (clk, reset, memWrite, decOut[23], writeData[23:16], outR93);
  register8bit_DM rDM94  (clk, reset, memWrite, decOut[23], writeData[15:8], outR94);
  register8bit_DM rDM95  (clk, reset, memWrite, decOut[23], writeData[7:0], outR95);
  register8bit_DM rDM96  (clk, reset, memWrite, decOut[24], writeData[31:24], outR96);
  register8bit_DM rDM97  (clk, reset, memWrite, decOut[24], writeData[23:16], outR97);
  register8bit_DM rDM98  (clk, reset, memWrite, decOut[24], writeData[15:8], outR98);
  register8bit_DM rDM99  (clk, reset, memWrite, decOut[24], writeData[7:0], outR99);
  register8bit_DM rDM100 (clk, reset, memWrite, decOut[25], writeData[31:24], outR100);
  register8bit_DM rDM101 (clk, reset, memWrite, decOut[25], writeData[23:16], outR101);
  register8bit_DM rDM102 (clk, reset, memWrite, decOut[25], writeData[15:8], outR102);
  register8bit_DM rDM103 (clk, reset, memWrite, decOut[25], writeData[7:0], outR103);
  register8bit_DM rDM104 (clk, reset, memWrite, decOut[26], writeData[31:24], outR104);
  register8bit_DM rDM105 (clk, reset, memWrite, decOut[26], writeData[23:16], outR105);
  register8bit_DM rDM106 (clk, reset, memWrite, decOut[26], writeData[15:8], outR106);
  register8bit_DM rDM107 (clk, reset, memWrite, decOut[26], writeData[7:0], outR107);
  register8bit_DM rDM108 (clk, reset, memWrite, decOut[27], writeData[31:24], outR108);
  register8bit_DM rDM109 (clk, reset, memWrite, decOut[27], writeData[23:16], outR109);
  register8bit_DM rDM110 (clk, reset, memWrite, decOut[27], writeData[15:8], outR110);
  register8bit_DM rDM111 (clk, reset, memWrite, decOut[27], writeData[7:0], outR111);
  register8bit_DM rDM112 (clk, reset, memWrite, decOut[28], writeData[31:24], outR112);
  register8bit_DM rDM113 (clk, reset, memWrite, decOut[28], writeData[23:16], outR113);
  register8bit_DM rDM114 (clk, reset, memWrite, decOut[28], writeData[15:8], outR114);
  register8bit_DM rDM115 (clk, reset, memWrite, decOut[28], writeData[7:0], outR115);
  register8bit_DM rDM116 (clk, reset, memWrite, decOut[29], writeData[31:24], outR116);
  register8bit_DM rDM117 (clk, reset, memWrite, decOut[29], writeData[23:16], outR117);
  register8bit_DM rDM118 (clk, reset, memWrite, decOut[29], writeData[15:8], outR118);
  register8bit_DM rDM119 (clk, reset, memWrite, decOut[29], writeData[7:0], outR119);
  register8bit_DM rDM120 (clk, reset, memWrite, decOut[30], writeData[31:24], outR120);
  register8bit_DM rDM121 (clk, reset, memWrite, decOut[30], writeData[23:16], outR121);
  register8bit_DM rDM122 (clk, reset, memWrite, decOut[30], writeData[15:8], outR122);
  register8bit_DM rDM123 (clk, reset, memWrite, decOut[30], writeData[7:0], outR123);
  register8bit_DM rDM124 (clk, reset, memWrite, decOut[31], writeData[31:24], outR124);
  register8bit_DM rDM125 (clk, reset, memWrite, decOut[31], writeData[23:16], outR125);
  register8bit_DM rDM126 (clk, reset, memWrite, decOut[31], writeData[15:8], outR126);
  register8bit_DM rDM127 (clk, reset, memWrite, decOut[31], writeData[7:0], outR127);

  mux128to1_IM_DM m1(outR0,   outR1,   outR2,   outR3,
                    outR4,   outR5,   outR6,   outR7,
                    outR8,   outR9,   outR10,  outR11,
                    outR12,  outR13,  outR14,  outR15,
                    outR16,  outR17,  outR18,  outR19,
                    outR20,  outR21,  outR22,  outR23,
                    outR24,  outR25,  outR26,  outR27,
                    outR28,  outR29,  outR30,  outR31,
                    outR32,  outR33,  outR34,  outR35,
                    outR36,  outR37,  outR38,  outR39,
                    outR40,  outR41,  outR42,  outR43,
                    outR44,  outR45,  outR46,  outR47,
                    outR48,  outR49,  outR50,  outR51,
                    outR52,  outR53,  outR54,  outR55,
                    outR56,  outR57,  outR58,  outR59,
                    outR60,  outR61,  outR62,  outR63,
                    outR64,  outR65,  outR66,  outR67,
                    outR68,  outR69,  outR70,  outR71,
                    outR72,  outR73,  outR74,  outR75,
                    outR76,  outR77,  outR78,  outR79,
                    outR80,  outR81,  outR82,  outR83,
                    outR84,  outR85,  outR86,  outR87,
                    outR88,  outR89,  outR90,  outR91,
                    outR92,  outR93,  outR94,  outR95,
                    outR96,  outR97,  outR98,  outR99,
                    outR100, outR101, outR102, outR103,
                    outR104, outR105, outR106, outR107,
                    outR108, outR109, outR110, outR111,
                    outR112, outR113, outR114, outR115,
                    outR116, outR117, outR118, outR119,
                    outR120, outR121, outR122, outR123,
                    outR124, outR125, outR126, outR127,
                    address, muxOut1);

  mux2to1_32bit m2(32'bx, muxOut1, memRead, read_data);

endmodule

//add given two inputs
module adder(input [31:0] in1, input [31:0] in2, output reg [31:0] adder_out);
// WRITE CODE HERE

  always @ (in1 or in2) begin
      adder_out = in1 + in2;
  end

endmodule

// if number is -ve append all 1's at the start else append all 0's
module signExt16to32( input [15:0] offset, output reg [31:0] signExtOffset);
//WRITE CODE HERE

  always @ (offset) begin
    signExtOffset = {{16{offset[15]}}, offset};
  end

endmodule

// follow the table given in question pdf
module aluCtrl(input [1:0] aluOp, input [5:0] fun,output reg [3:0] operation);
//WRITE CODE HERE

  always @ (aluOp, fun) begin
    casex (aluOp)
      2'b00: begin
        operation = 4'b0010;
      end
      2'bx1: begin
        operation = 4'b0110;
      end
      2'b1x: begin
        casex (fun)
          6'bxx0000: operation = 4'b0010;
          6'bxx0010: operation = 4'b0110;
          6'bxx0100: operation = 4'b0000;
          6'bxx0101: operation = 4'b0001;
          6'bxx1010: operation = 4'b0111;
        endcase
      end
    endcase
  end

endmodule

// follow the table of control circuit given in pdf
module ctrlCkt	(input [5:0] opcode, output reg RegDst ,output reg jump, output reg ALUSrc, output reg MemtoReg, output reg RegWrite,
                  output reg MemRead , output reg MemWrite, output reg Branch , output reg [1:0]ALUOp );
//WRITE CODE HERE

always @ (opcode) begin
  case (opcode)
    6'b000000: begin
      RegDst = 1'b1;
      Branch = 1'b0;
      MemRead = 1'b0;
      MemtoReg = 1'b0;
      ALUOp = 2'b10;
      MemWrite = 1'b0;
      ALUSrc = 1'b0;
      RegWrite = 1'b1;
      jump = 1'b0;
    end
    6'b001000: begin
      RegDst = 1'b0;
      Branch = 1'b0;
      MemRead = 1'b0;
      MemtoReg = 1'b0;
      ALUOp = 2'b00;
      MemWrite = 1'b0;
      ALUSrc = 1'b1;
      RegWrite = 1'b1;
      jump = 1'b0;
    end
    6'b100011: begin
      RegDst = 1'b0;
      Branch = 1'b0;
      MemRead = 1'b1;
      MemtoReg = 1'b1;
      ALUOp = 2'b00;
      MemWrite = 1'b0;
      ALUSrc = 1'b1;
      RegWrite = 1'b1;
      jump = 1'b0;
    end
    6'b101011: begin
      RegDst = 1'bx;
      Branch = 1'b0;
      MemRead = 1'b0;
      MemtoReg = 1'bx;
      ALUOp = 2'b00;
      MemWrite = 1'b1;
      ALUSrc = 1'b1;
      RegWrite = 1'b0;
      jump = 1'b0;
    end
    6'b000100: begin
      RegDst = 1'bx;
      Branch = 1'b1;
      MemRead = 1'b0;
      MemtoReg = 1'bx;
      ALUOp = 2'b01;
      MemWrite = 1'b0;
      ALUSrc = 1'b0;
      RegWrite = 1'b0;
      jump = 1'b0;
    end
    6'b000010: begin
      RegDst = 1'bx;
      Branch = 1'b0;
      MemRead = 1'bx;
      MemtoReg = 1'bx;
      ALUOp = 2'bxx;
      MemWrite = 1'bx;
      ALUSrc = 1'bx;
      RegWrite = 1'bx;
      jump = 1'b1;
    end
  endcase
end

endmodule

//perform airthemtic or logical operations based on value of "operation"
module alu(input [31:0] aluIn1, input [31:0] aluIn2,input [3:0]operation ,output reg zero,output reg [31:0]aluOut);
//WRITE CODE HERE

always @ (operation, aluIn1, aluIn2) begin
  case (operation)
    4'b0000: aluOut = aluIn1 & aluIn2;
    4'b0001: aluOut = aluIn1 | aluIn2;
    4'b0010: aluOut = aluIn1 + aluIn2;
    4'b0110: aluOut = aluIn1 - aluIn2;
    4'b0111: begin
      if (aluIn1 - aluIn2 < 32'd0) begin
        aluOut = 32'd1;
      end
      else begin
        aluOut = 32'd0;
      end
    end
    4'b1100: aluOut = ~(aluIn1 | aluIn2);
  endcase
  if (aluOut == 32'b0) begin
    zero = 1'b1;
  end
  else begin
    zero = 1'b0;
  end
end

endmodule

module singleCycle(input clk, input reset);
// WRITE CODE HERE

  wire regWire, decoderOut1bit, RegDst ,jump, ALUSrc, MemtoReg, RegWrite, MemRead , MemWrite, Branch, zero, andOut;
  wire[1:0] ALUOp;
  wire[3:0] operation;
  wire[4:0] writeRegister;
  wire[31:0] inPC, outPC, pcAdd, instruction, seOut, muxOut1, aluResult1, readData, adderResult2, muxOut2, writeData, readData1, readData2;

  register32bit PC(clk, reset, 1'b1, 1'b1, inPC, outPC);
  adder ad1(32'd4, outPC, pcAdd);
  adder ad2(pcAdd, {seOut[29:0], 2'b0}, adderResult2);
  
  alu alu1(readData1, muxOut1, operation, zero, aluResult1);
  aluCtrl aluCtr1(ALUOp, instruction[5:0], operation);
  ctrlCkt cckt1(instruction[31:26], RegDst ,jump, ALUSrc, MemtoReg, RegWrite, MemRead, MemWrite, Branch, ALUOp);

  registerFile rf1(clk, reset, RegWrite, instruction[25:21], instruction[20:16], writeRegister, writeData, readData1, readData2);
  DM dm1(clk, reset, MemWrite, MemRead, aluResult1[4:0], readData2, readData);
  IM im(clk, reset, outPC[6:2], instruction);

  signExt16to32 se1(instruction[15:0], seOut);
  and and1(andOut, zero, Branch);

  mux2to1_5bit m1(instruction[20:16], instruction[15:11], RegDst, writeRegister);
  mux2to1_32bit m2(readData2, seOut, ALUSrc, muxOut1);
  mux2to1_32bit m3(aluResult1, readData, MemtoReg, writeData);
  mux2to1_32bit m4(pcAdd, adderResult2, andOut, muxOut2);
  mux2to1_32bit m5(muxOut2, {pcAdd[31:28], instruction[25:0], 2'b00}, jump, inPC);

endmodule

module singleCycleTestBench;
	reg clk;
	reg reset;
	singleCycle uut (.clk(clk), .reset(reset));

	always
	#5 clk=~clk;

	initial
	begin
    $dumpfile("2018A7PS0396G_Lab4.vcd");
    $dumpvars(0, singleCycleTestBench);
		clk=0; reset=1;
		#5  reset=0;
		#115 $finish;
	end
endmodule